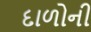
દાળોની